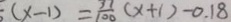
( x - 1 ) = \frac { 3 1 } { 1 0 0 } ( x + 1 ) - 0 . 1 8